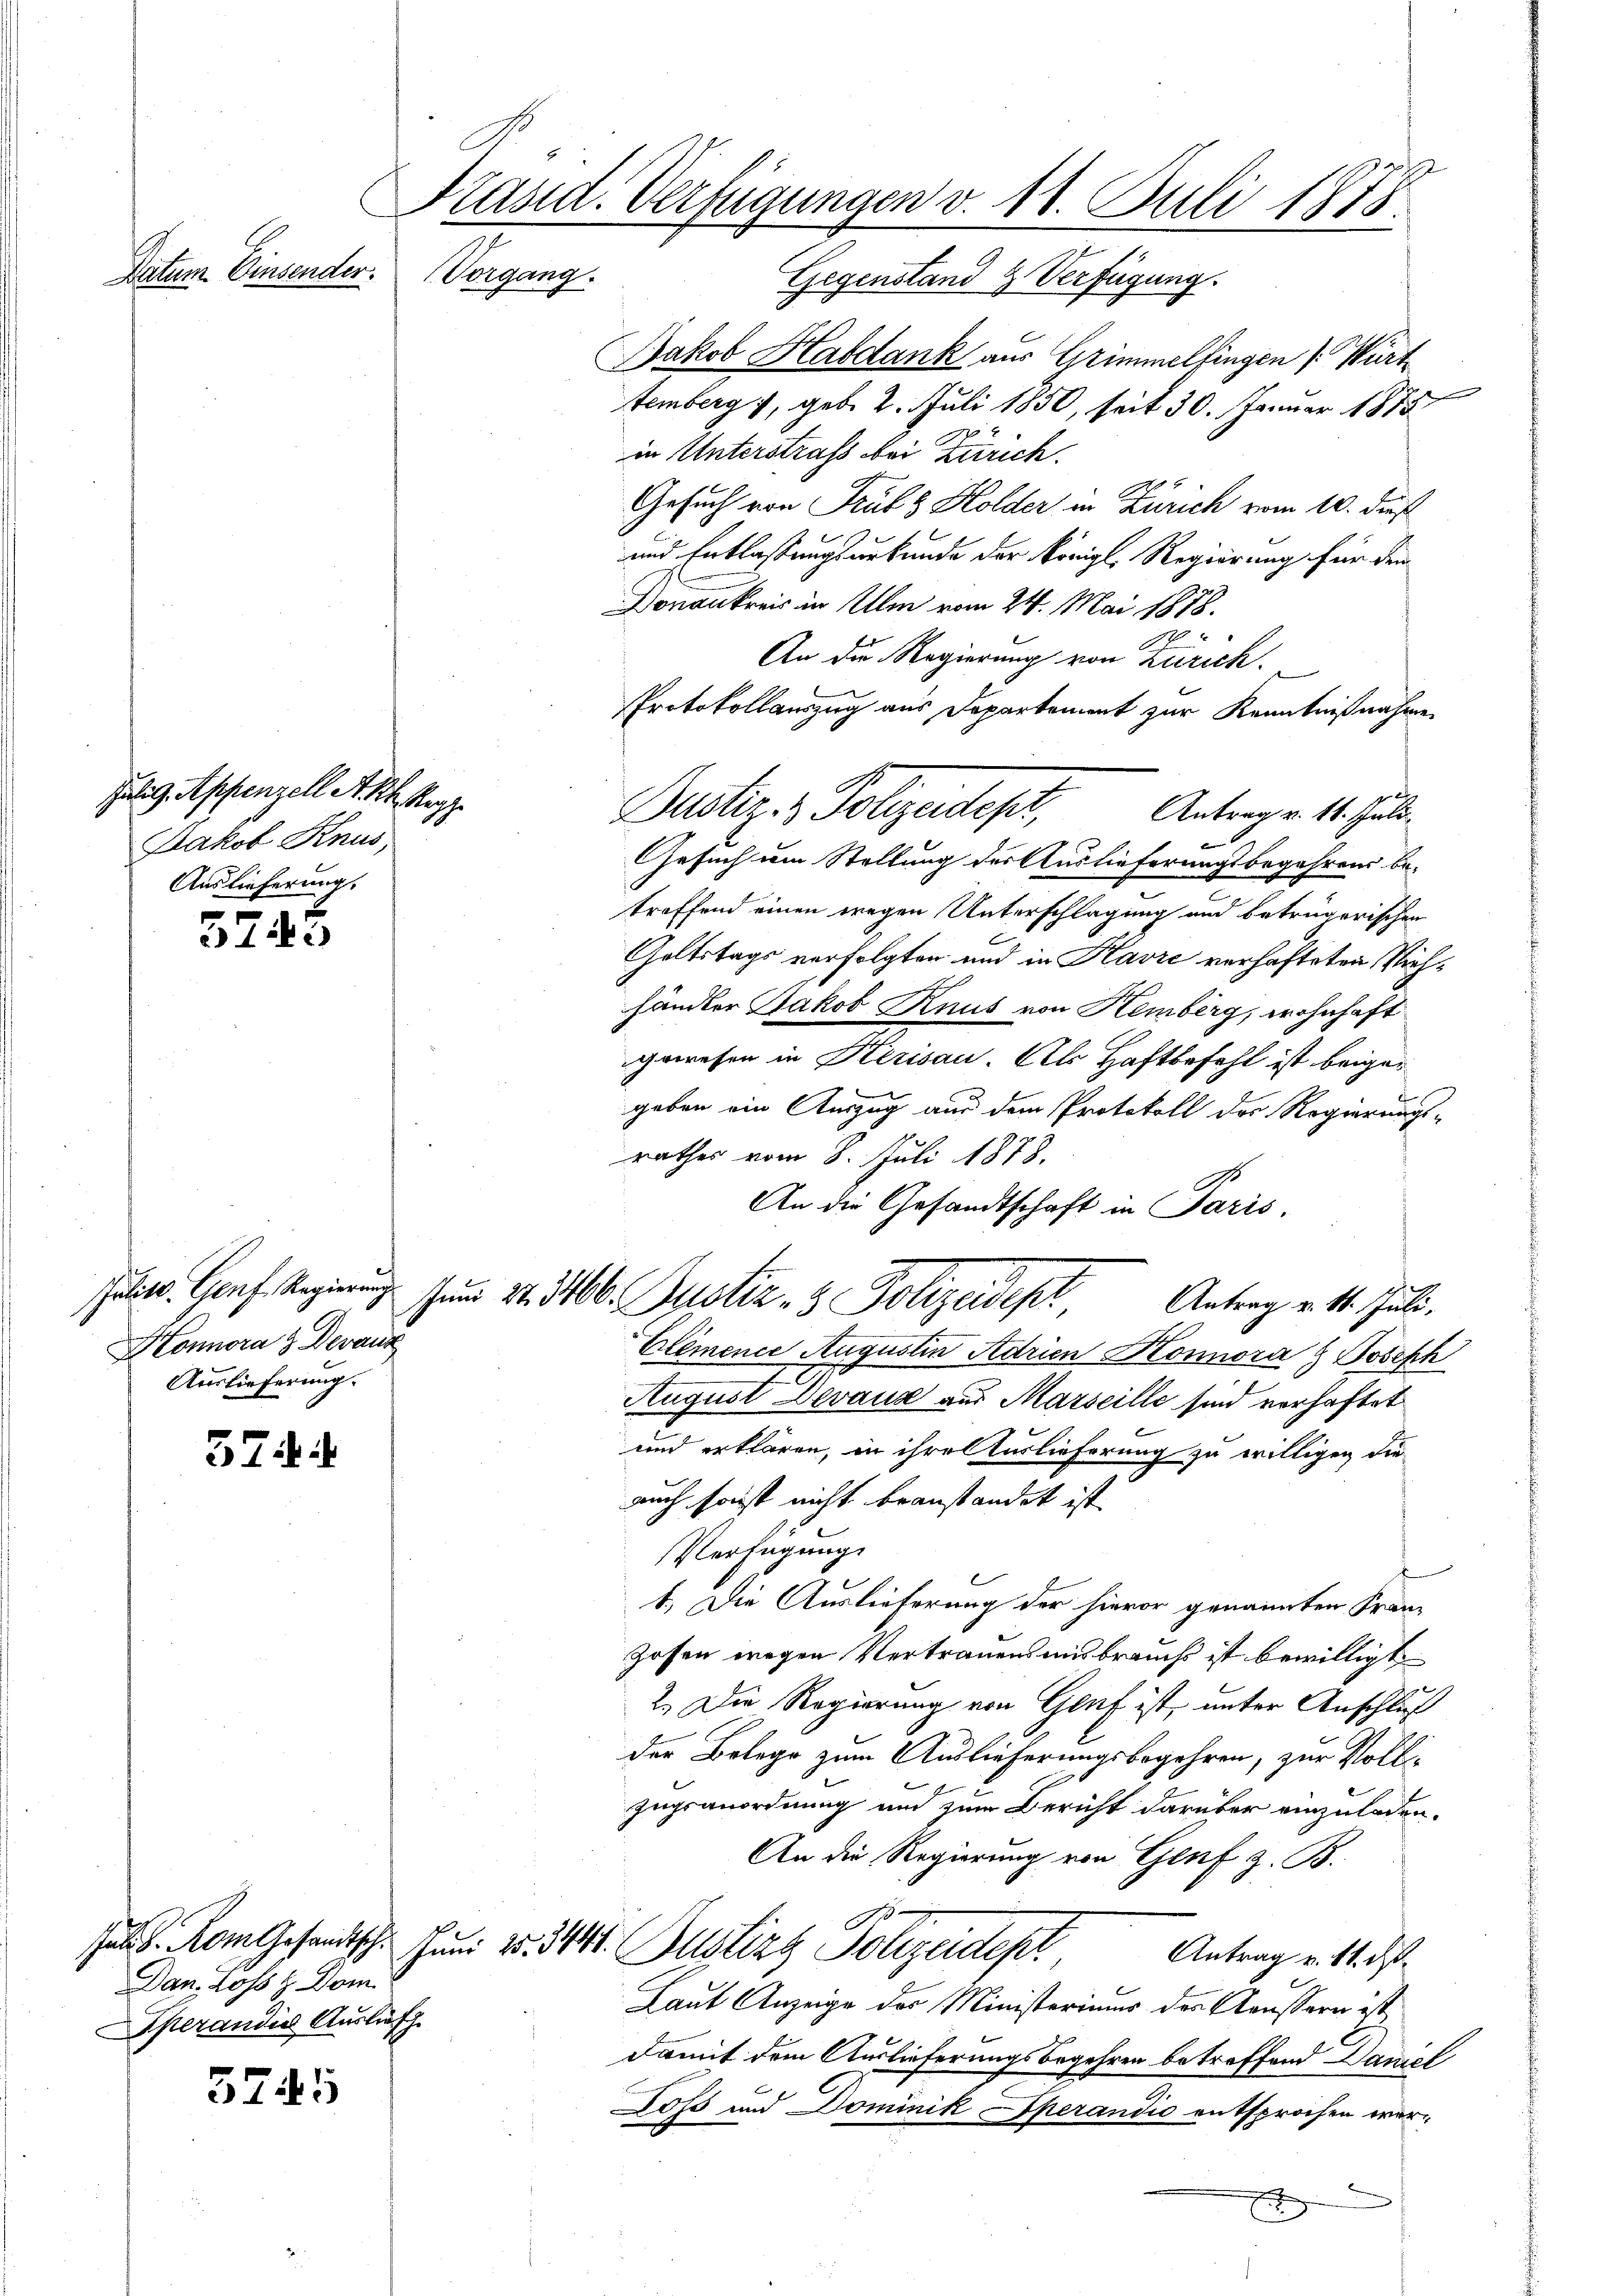
Datum. Einsender.

fälig, Appenzell A.Rh. Aug
Jakob Knus
Auslieferung.

3745

ulitt. Genf, Regierung
Honora & Devanz
Auslieferung.

574

Dan. Joso H. Dom
Operandie Auslief

5745

Präsid. Verfügungen v. 11. Juli 1875.
Vorgang.
Gegenstand & Verfügung.

Jakob Kabdank aus Grimmelfingen (: Würt
n
temberg, geb. 2. Juli 1850, seit 30. Januar 1875
in Unterstrafs bei Zürich.
Gesuch von Trubs Holder in Zürich vom 10. dieß
und Entlaßungsurkunde der Königl. Regierung für den
Donaukreis in Ulm vom 24. Mai 1878.
x
An die Regierung von Zürich.
Protokollauszug aus Departement zur Kenntnißnahme
Gesuch im Stellung der Auslieferungsbegehrens be-
treffend einen wegen Unterschlagung und betrügerischen
Goltstags verfolgten und in Havre verhafteten Viehhändler Jakob Knut von Hemberg, wohnhaft
gewesen in Herisau. Als Haftbefehl ist beigegeben ein Auszug aus dem Protokoll der Regierungs-
rathes vom 8. Juli 1878.
An die Gesandtschaft in Paris
sum 20. 3400. Justiz- & Polizeident Antrag v. 11. Juli.
Elémence Augustin Adrien Konnora & Joseph
August Devaux aus Marseille sind verhaftet
und erklären, in ihre Auslieferung zu willigen die
auch sonst nicht beanstandet ist.
Verfügung
1.) Die Auslieferung der hievor genannten Franz
zosen wegen Vertrauensausbrauchs ist bewilligt
2. Die Regierung von Genf ist, unter Anschluß
der Belege zum Auslieferungsbegehren, zur Voll-
Zugsanordnung und zum Bericht darüber einzuladen.
An die Regierung von Genf z. B.
.
s. Rom Gesandtsch. Juni v. 311. Justiz & Polizeidept
Antrag v. 11. d
Laut Anzeige des Ministeriums des Aeussern ist,
damit dem Auslieferungsbegehren betreffend Damel
Doss und Dominik herandio entsprochen wer¬
E

Pustiz- & Polizeides,
Antrag v. 16. Juli